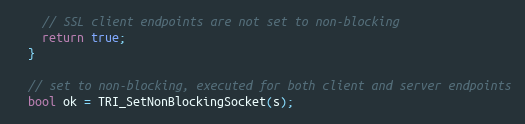
Language: C++
    // SSL client endpoints are not set to non-blocking
    return true;
  }

  // set to non-blocking, executed for both client and server endpoints
  bool ok = TRI_SetNonBlockingSocket(s);